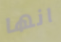
انها